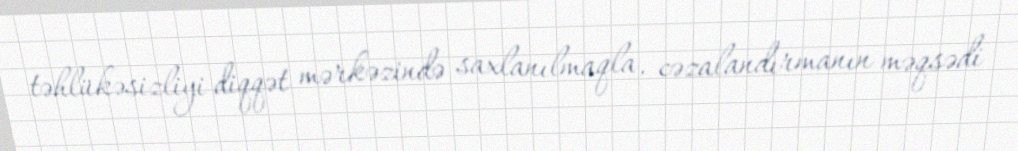
təhlükəsizliyi diqqət mərkəzində saxlanılmaqla, cəzalandırmanın məqsədi